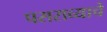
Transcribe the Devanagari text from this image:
पसराव्याचे